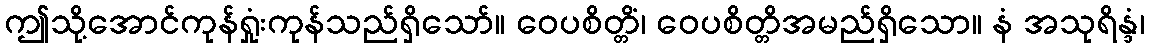
ဤသို့အောင်ကုန်ရှုံးကုန်သည်ရှိသော်။ ဝေပစိတ္တိံ၊ ဝေပစိတ္တိအမည်ရှိသော။ နံ အသုရိန္ဒံ၊